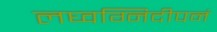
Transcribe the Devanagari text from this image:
लघ्वग्निदीपनं